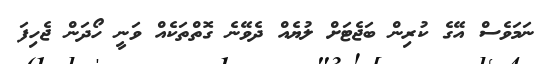
ނަމަވެސް އޭގެ ކުރިން ބަޖެޓަށް ލުޔެއް ދެވޭނެ ގޮތްތަކެއް ވަނީ ހޯދަން ޖެހިފަ